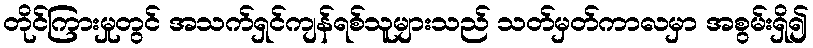
တိုင်ကြားမှုတွင် အသက်ရှင်ကျန်ရစ်သူများသည် သတ်မှတ်ကာလမှာ အစွမ်းရှိ၍